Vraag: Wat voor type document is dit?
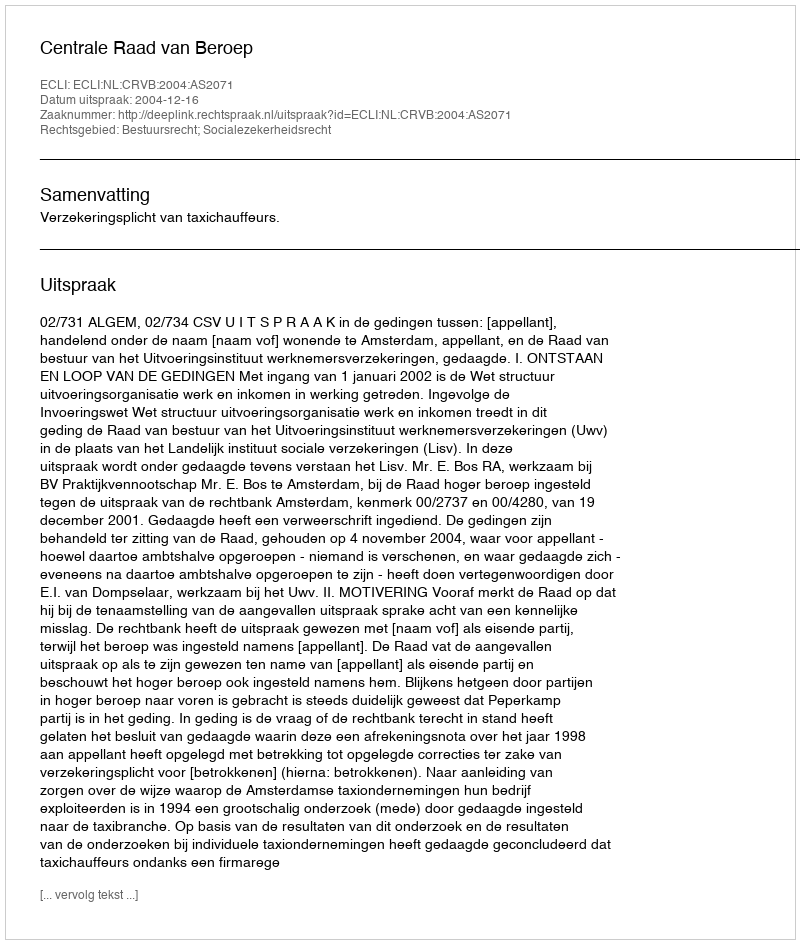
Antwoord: Uitspraak